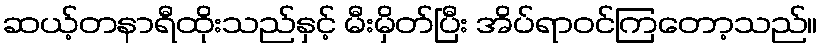
ဆယ့်တနာရီထိုးသည်နှင့် မီးမှိတ်ပြီး အိပ်ရာဝင်ကြတော့သည်။